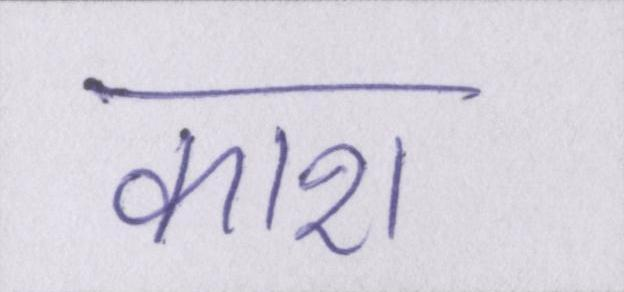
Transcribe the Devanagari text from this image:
काश